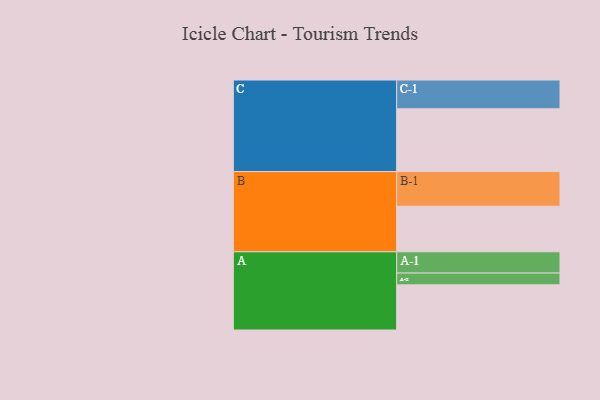
{"axis": {"x": "Segment", "y": "Value"}, "legend": ["", "A", "B", "C"], "data": [{"x": "A", "y": 378, "type": ""}, {"x": "B", "y": 382, "type": ""}, {"x": "C", "y": 526, "type": ""}, {"x": "A-1", "y": 178, "type": "A"}, {"x": "A-2", "y": 99, "type": "A"}, {"x": "B-1", "y": 290, "type": "B"}, {"x": "C-1", "y": 241, "type": "C"}]}